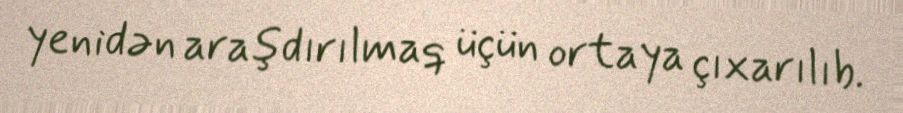
yenidən araşdırılmaq üçün ortaya çıxarılıb.